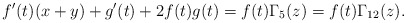
\begin{align*}f^{\prime}(t)(x+y)+g^{\prime}(t)+2f(t)g(t)=f(t)\Gamma_{5}(z)=f(t)\Gamma_{12}(z). \end{align*}